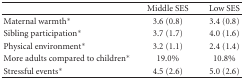
|  | Middle SES | Low SES |
 | --- | --- | --- |
 | Maternal warmth* | 3.6 (0.8) | 3.4 (0.8) |
 | Sibling participation* | 3.7 (1.7) | 4.0 (1.6) |
 | Physical environment* | 3.2 (1.1) | 2.4 (1.4) |
 | More adults compared to children* | 19.0% | 10.8% |
 | Stressful events* | 4.5 (2.6) | 5.0 (2.6) |